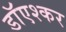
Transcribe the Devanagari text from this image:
डाॅएश्कर